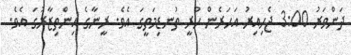
ދަންވަރު 3:00 ޖެހިއިރު އަހަރެން ހުރީ ތުނޑިމަތީގަ އެވެ. ރީނާގެ އިންތިޒާރުގަ އެވެ.